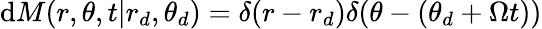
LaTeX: \mathrm{d}M(r,\theta,t|r_{d},\theta_{d})=\delta(r-r_{d})\delta(\theta-(\theta_{d}+\Omega t))